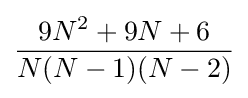
{\frac {9N^{2}+9N+6}{N(N-1)(N-2)}}